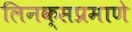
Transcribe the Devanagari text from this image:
लिनक्सप्रमाणे